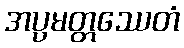
အပ္ပမတ္တဿေတံ